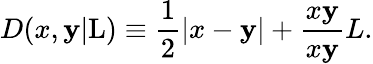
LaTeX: D(x,\mathbf{y}|\mathrm{{L}})\equiv\frac{{1}}{{2}}|x-\mathbf{y}|+\frac{{x\mathbf{y}}}{{x\mathbf{y}}}{L}.